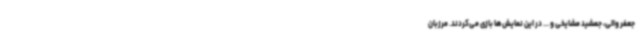
جعفر والی، جمشید مشایخی و ... در این نمایش‌ها بازی می‌کردند. مرزبان